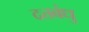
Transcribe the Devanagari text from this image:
दत्तबंधु